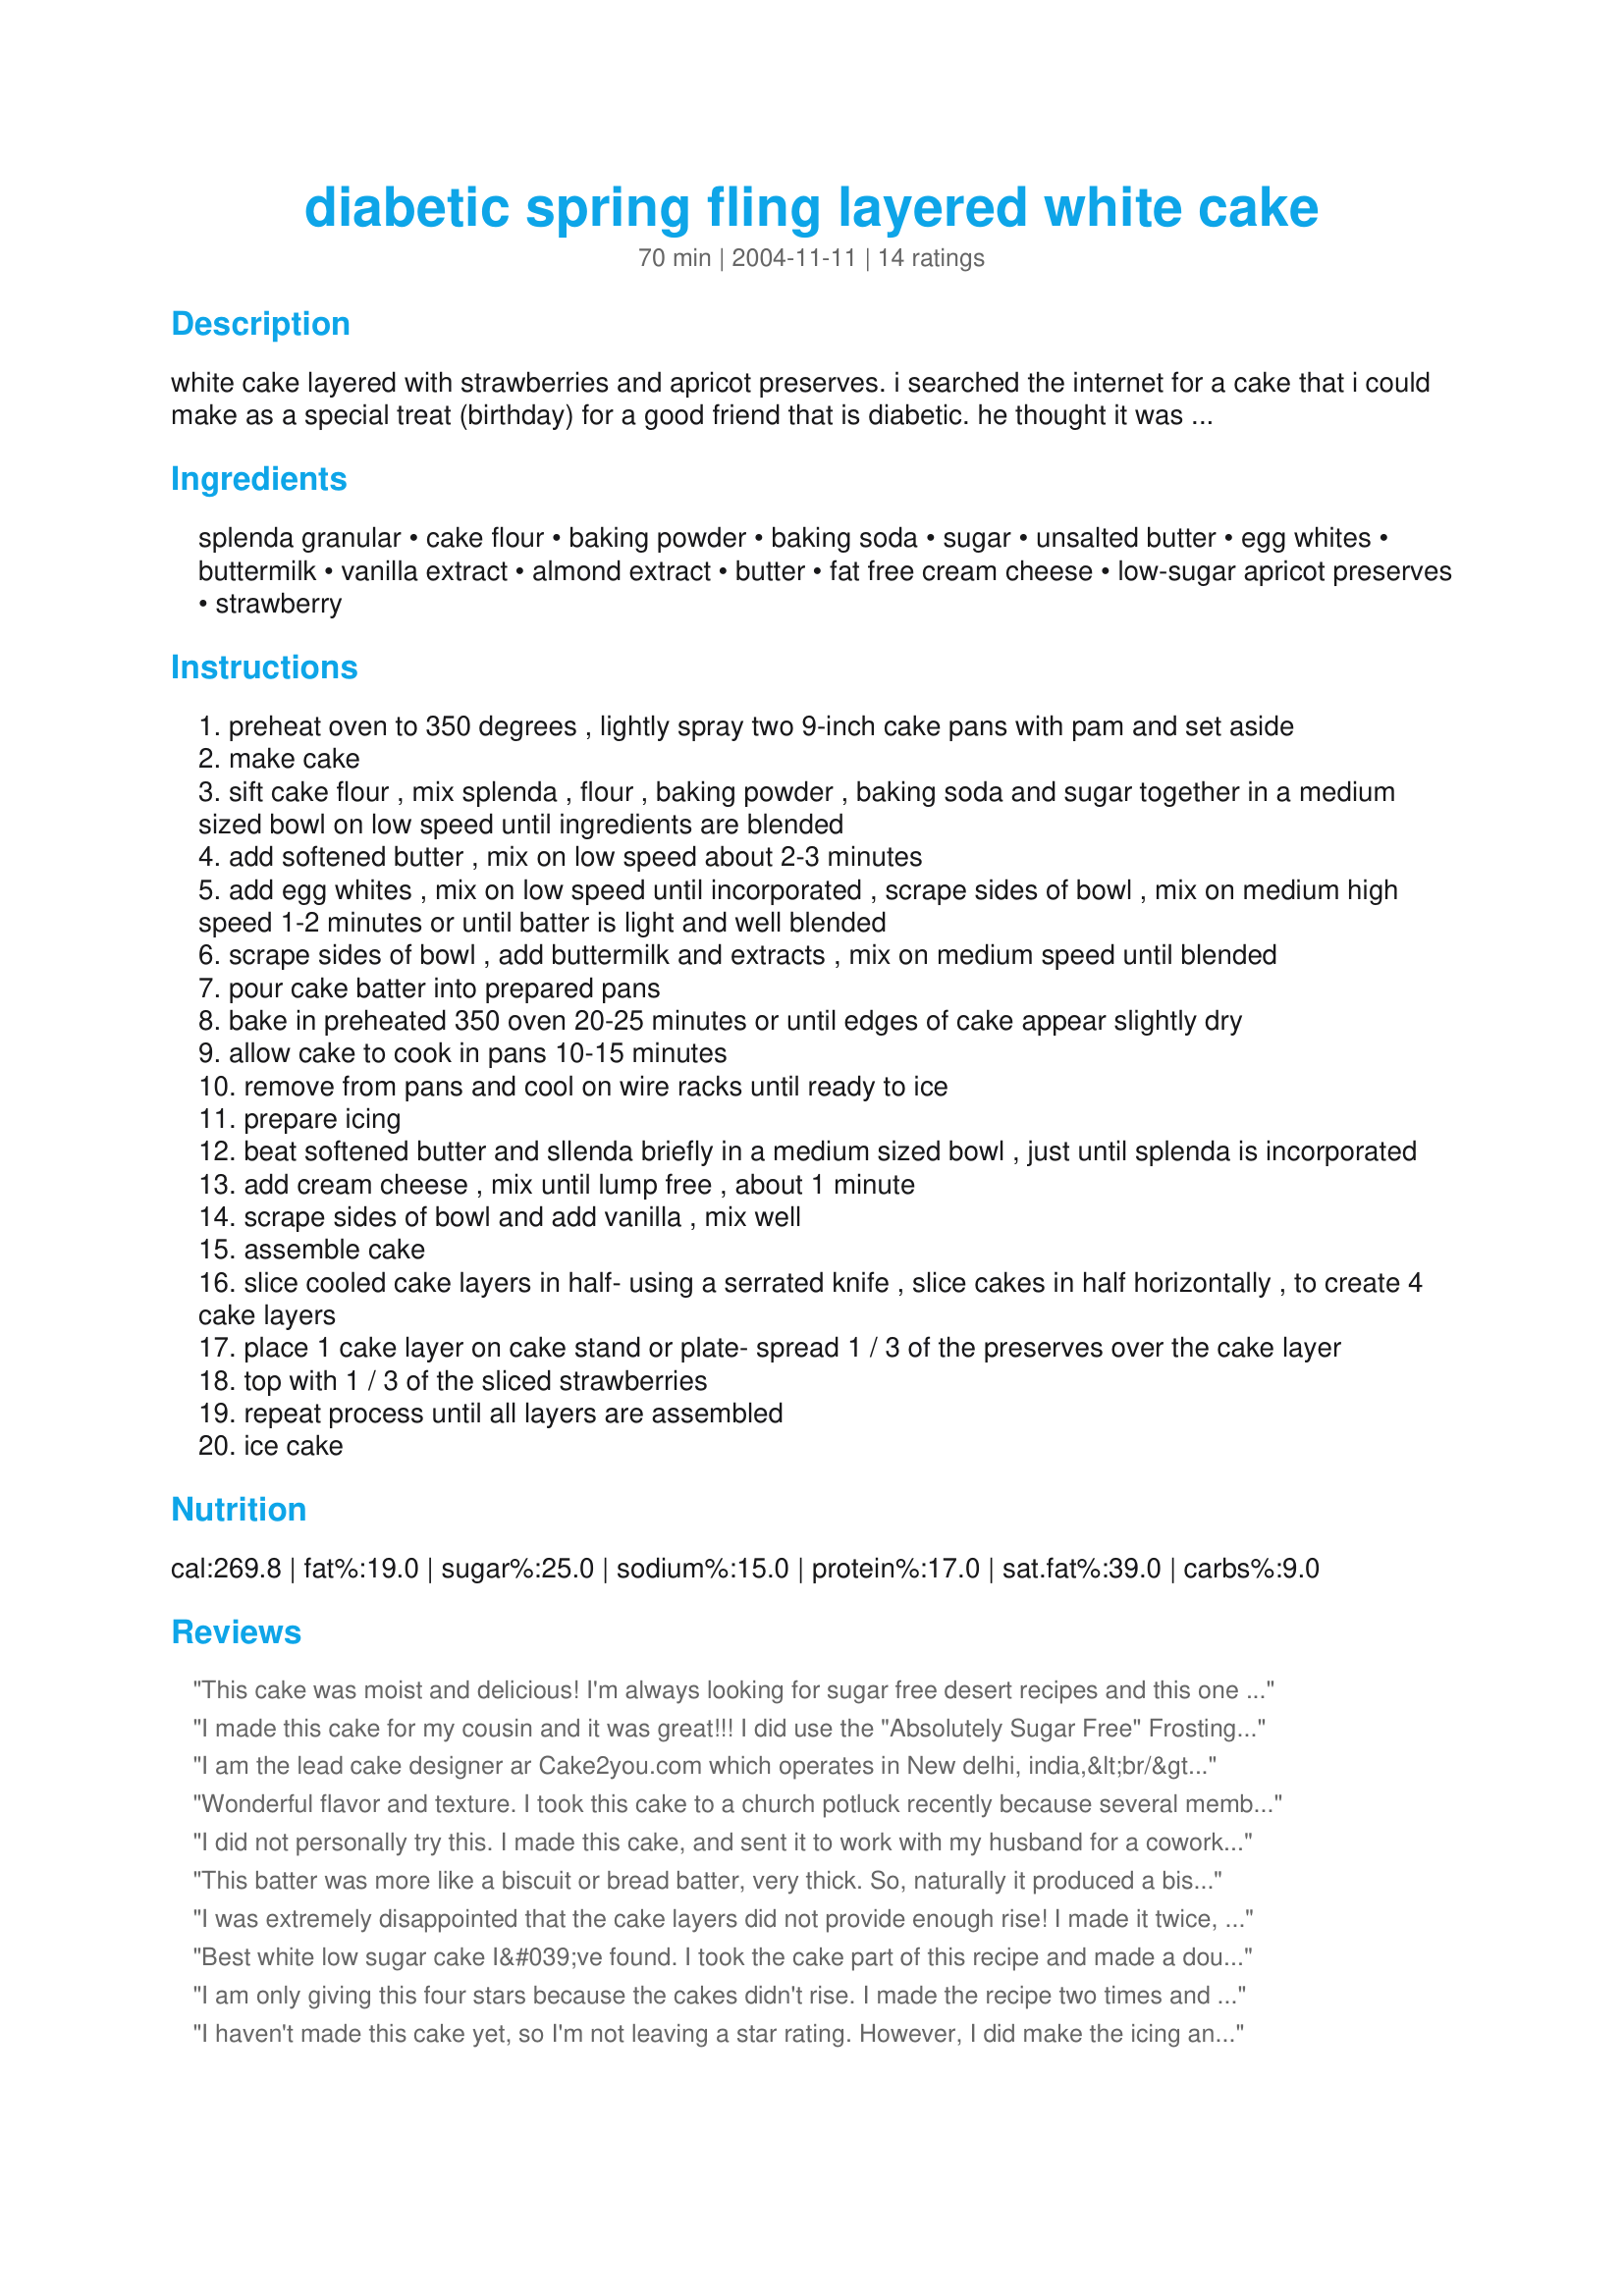
diabetic spring fling layered white cake
Preparation time: 70 minutes

white cake layered with strawberries and apricot preserves. i searched the internet for a cake that i could make as a special treat (birthday) for a good friend that is diabetic. he thought it was wonderful and was quite flattered that i took the time to make it. this is not difficult to make, but there are alot of steps to it. i am not "used to" the taste of the fat free cream cheese, and quite honestly, do not like the frosting. update: my daughter used this cake recipe and "absolutely sugar free" frosting (recipe #123602) to do a wedding cake - awesome together!!! much better than the cream cheese frosting listed with the recipe!

Ingredients:
splenda granular, cake flour, baking powder, baking soda, sugar, unsalted butter, egg whites, buttermilk, vanilla extract, almond extract, butter, fat free cream cheese, low-sugar apricot preserves, strawberry

Steps:
preheat oven to 350 degrees , lightly spray two 9-inch cake pans with pam and set aside
make cake
sift cake flour , mix splenda , flour , baking powder , baking soda and sugar together in a medium sized bowl on low speed until ingredients are blended
add softened butter , mix on low speed about 2-3 minutes
add egg whites , mix on low speed until incorporated , scrape sides of bowl , mix on medium high speed 1-2 minutes or until batter is light and well blended
scrape sides of bowl , add buttermilk and extracts , mix on medium speed until blended
pour cake batter into prepared pans
bake in preheated 350 oven 20-25 minutes or until edges of cake appear slightly dry
allow cake to cook in pans 10-15 minutes
remove from pans and cool on wire racks until ready to ice
prepare icing
beat softened butter and sllenda briefly in a medium sized bowl , just until splenda is incorporated
add cream cheese , mix until lump free , about 1 minute
scrape sides of bowl and add vanilla , mix well
assemble cake
slice cooled cake layers in half- using a serrated knife , slice cakes in half horizontally , to create 4 cake layers
place 1 cake layer on cake stand or plate- spread 1 / 3 of the preserves over the cake layer
top with 1 / 3 of the sliced strawberries
repeat process until all layers are assembled
ice cake

Reviews:
This cake was moist and delicious! I'm always looking for sugar free desert recipes and this one was awsome! Thank you!
I made this cake for my cousin and it was great!!! I did use the "Absolutely Sugar Free" Frosting (using White Chocolate pudding mix) which was a very good frosting! I could barely tell that it was (essentially) sugar free! We even had a taste test with a bakery sugar free cake and this cake won! I did make a few minor changes--I used sugar free apricot preserves and I also used frozen strawberries (stronger flavor). Next time I will slice the strawberries thicker. I will also use 8 in. instead of 9 in. cake pans for a little more height to make it easier to cut the cakes in half!
I am the lead cake designer ar Cake2you.com which operates in New delhi, india,&lt;br/&gt;I tried this recipe for one y clients and must tell you it is excellent.&lt;br/&gt;she is a diabetic lady but loves food and she loved the cake too.&lt;br/&gt;Thank you for putting in this recipe.&lt;br/&gt;&lt;br/&gt;Thanks
Wonderful flavor and texture. I took this cake to a church potluck recently because several members are diabetics. WOW! you should of heard what everyone was saying about it. I was asked for the recipe many times. I took the few remaining pieces to my Father In Law who is also a diabetic and his only complaint was the cream cheese frosting (he doesn't know what is good anyway.) I made it in a 9 x 13 cake pan, I have a cake slicer to divide it in half. I recommend this cake to everyone.
I did not personally try this. I made this cake, and sent it to work with my husband for a coworker's bday. She is diabetic. He said everyone enjoyed it, and she called me and asked for the recipe, and told me it was really good. So a 5 star rating based on that. I did use the other "Absolutely Sugar Free" icing based on what other reviewers had said.
This batter was more like a biscuit or bread batter, very thick. So, naturally it produced a biscuit like cake. Inside it was moist, and tasted ok, but if I am making a cake I want it to be cake like, not like a biscuit. Will not be making this again.
I was extremely disappointed that the cake layers did not provide enough rise! I made it twice, thinking I had done something wrong in my first attempt. I read another review, suggesting baking the layers in 8&quot; pans. That&#039;s a possibility. I am accustomed to making light, fluffy layers; this was a huge disappointment!
Best white low sugar cake I&#039;ve found. I took the cake part of this recipe and made a double decker sugar-free jello cake with the absolutely sugar free whipped cream frosting and it was a hit. My teenagers loved it. Thanks so much for giving me the building blocks to make it.
I am only giving this four stars because the cakes didn't rise. I made the recipe two times and both times the layers were dense and could not be cut in half. I may have done something wrong (high probability). A friend suggested adding more sugar and less Splenda to help the layers. The flavor was wonderful and I used three layers from the two batches (fourth layer was taste tested). The Absolutely Sugar Free Icing was wonderful!!! I used white chocolate pudding and it was delicious. Everyone loved the cake and I will be making this again!
I haven't made this cake yet, so I'm not leaving a star rating. However, I did make the icing and used it on a diabetic carrot cake and the icing was excellent! 5 stars for the icing!
I'm a diabetic and i cooked this cake for a Church dinner and it was all eaten. Outstanding flavor and moist as well i had to amke copies of the recipe for other people.

Thanks Roger
This cake is quite heavy. The top of the cake crusts up like cornbread and the cake was a bit dry to me. Needs a bit of tweaking. Great if you're not a cake lover.
I'm in need of a good diabetic cake for my father-out-law this nov and after relentlessly searching I do believe I've found the best recipe. I can't wait to try it!
I made this a few years ago for my diabetic mother's birthday. I wish I took a picture b/c it came out so beautiful. It was good. But the five star rating is b/c of how well it tasted with the "absolutely sugar free" frosting you suggested pairing up with this cake. I used the extra frosting to dip my strawberries in. Very yummy. I usually get the worst aftertaste with sugar free items, but the frosting didn't give me that yucky aftertaste. Thank you for bringing a smile to my mothers face on her birthday. Will make again :)
